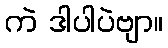
ကဲ ဒါပါပဲဗျာ။